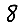
Digit: 8